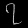
Digit: ၇